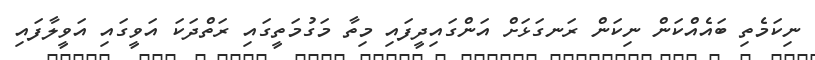
ނިކަމެތި ބައެއްކަން ނިކަން ރަނގަޅަށް އަންގައިދީފައި މިތާ މަގުމަތީގައި ރަތްދަކަ އަވީގައި އަވީލާފައި